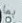
بما